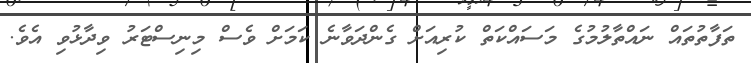
ތަފާތުތައް ނައްތާލުމުގެ މަސައްކަތް ކުރިއަށް ގެންދަވާނެ ކަމަށް ވެސް މިނިސްޓަރު ވިދާޅުވި އެވެ.